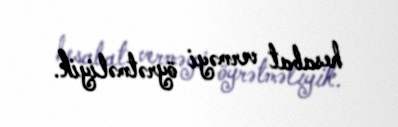
hesabat verməyi öyrətməliyik.